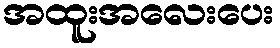
အထူးအလေးပေး